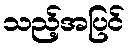
သည့်အပြင်